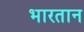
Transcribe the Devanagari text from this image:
भारतान